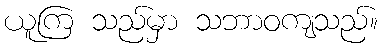
ယူကြ သည်မှာ သဘာဝကျသည်။